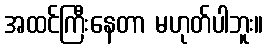
အထင်ကြီးနေတာ မဟုတ်ပါဘူး။